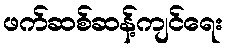
ဖက်ဆစ်ဆန့်ကျင်ရေး